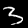
Label: 3